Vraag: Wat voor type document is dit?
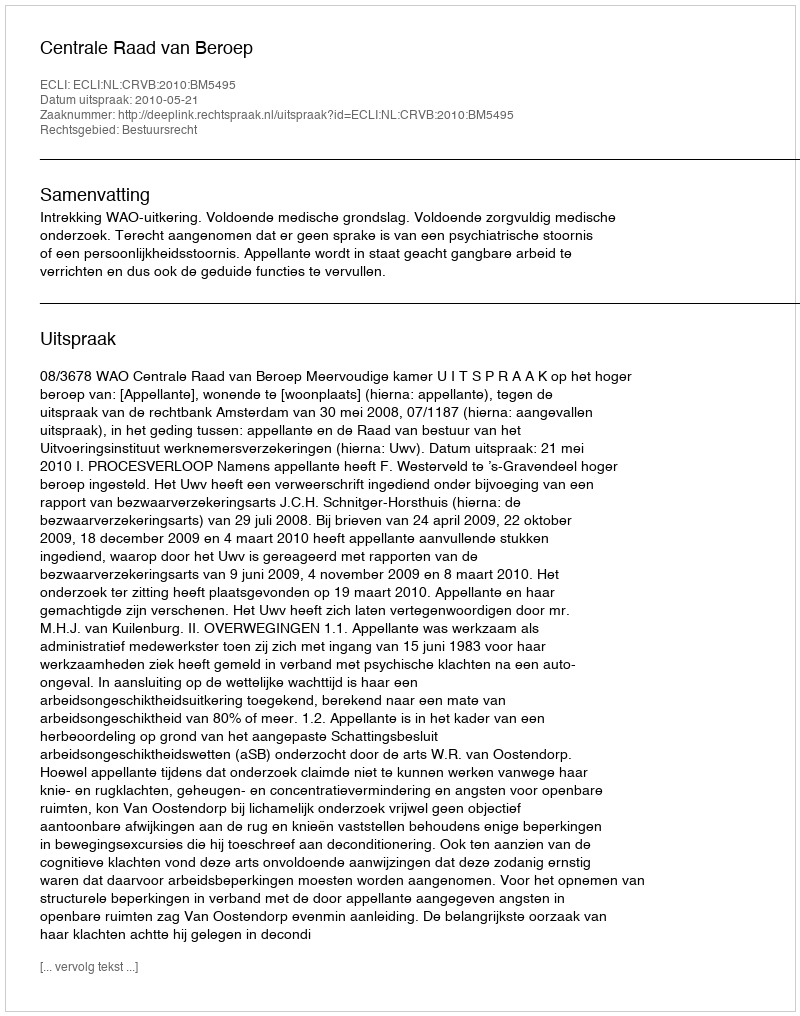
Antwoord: Uitspraak